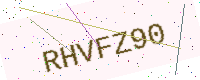
Text: RHVFZ90